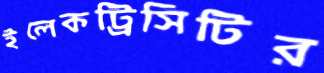
ইলেকট্রিসিটির